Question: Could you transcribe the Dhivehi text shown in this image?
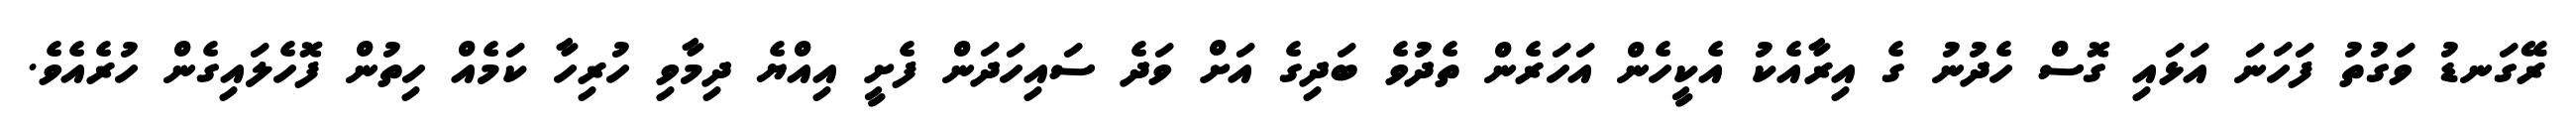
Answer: ރޭގަނޑު ވަގުތު ފަހަނަ އަޅައި ގޮސް ހެދުނު ގެ އިރާއެކު އެކީހެން އަހަރެން ތެދުވެ ބަދިގެ އަށް ވަދެ ސައިހަދަން ފެށީ އިއްޔެ ދިމާވި ހުރިހާ ކަމެއް ހިތުން ފޮހެލައިގެން ހުރެއެވެ.